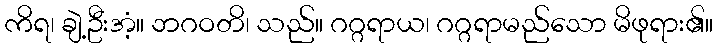
ကိရ၊ ချဲ့ဦးအံ့။ ဘဂဝတိ၊ သည်။ ဂဂ္ဂရာယ၊ ဂဂ္ဂရာမည်သော မိဖုရား၏။